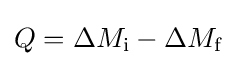
Q=\Delta M_{\text{i}}-\Delta M_{\text{f}}